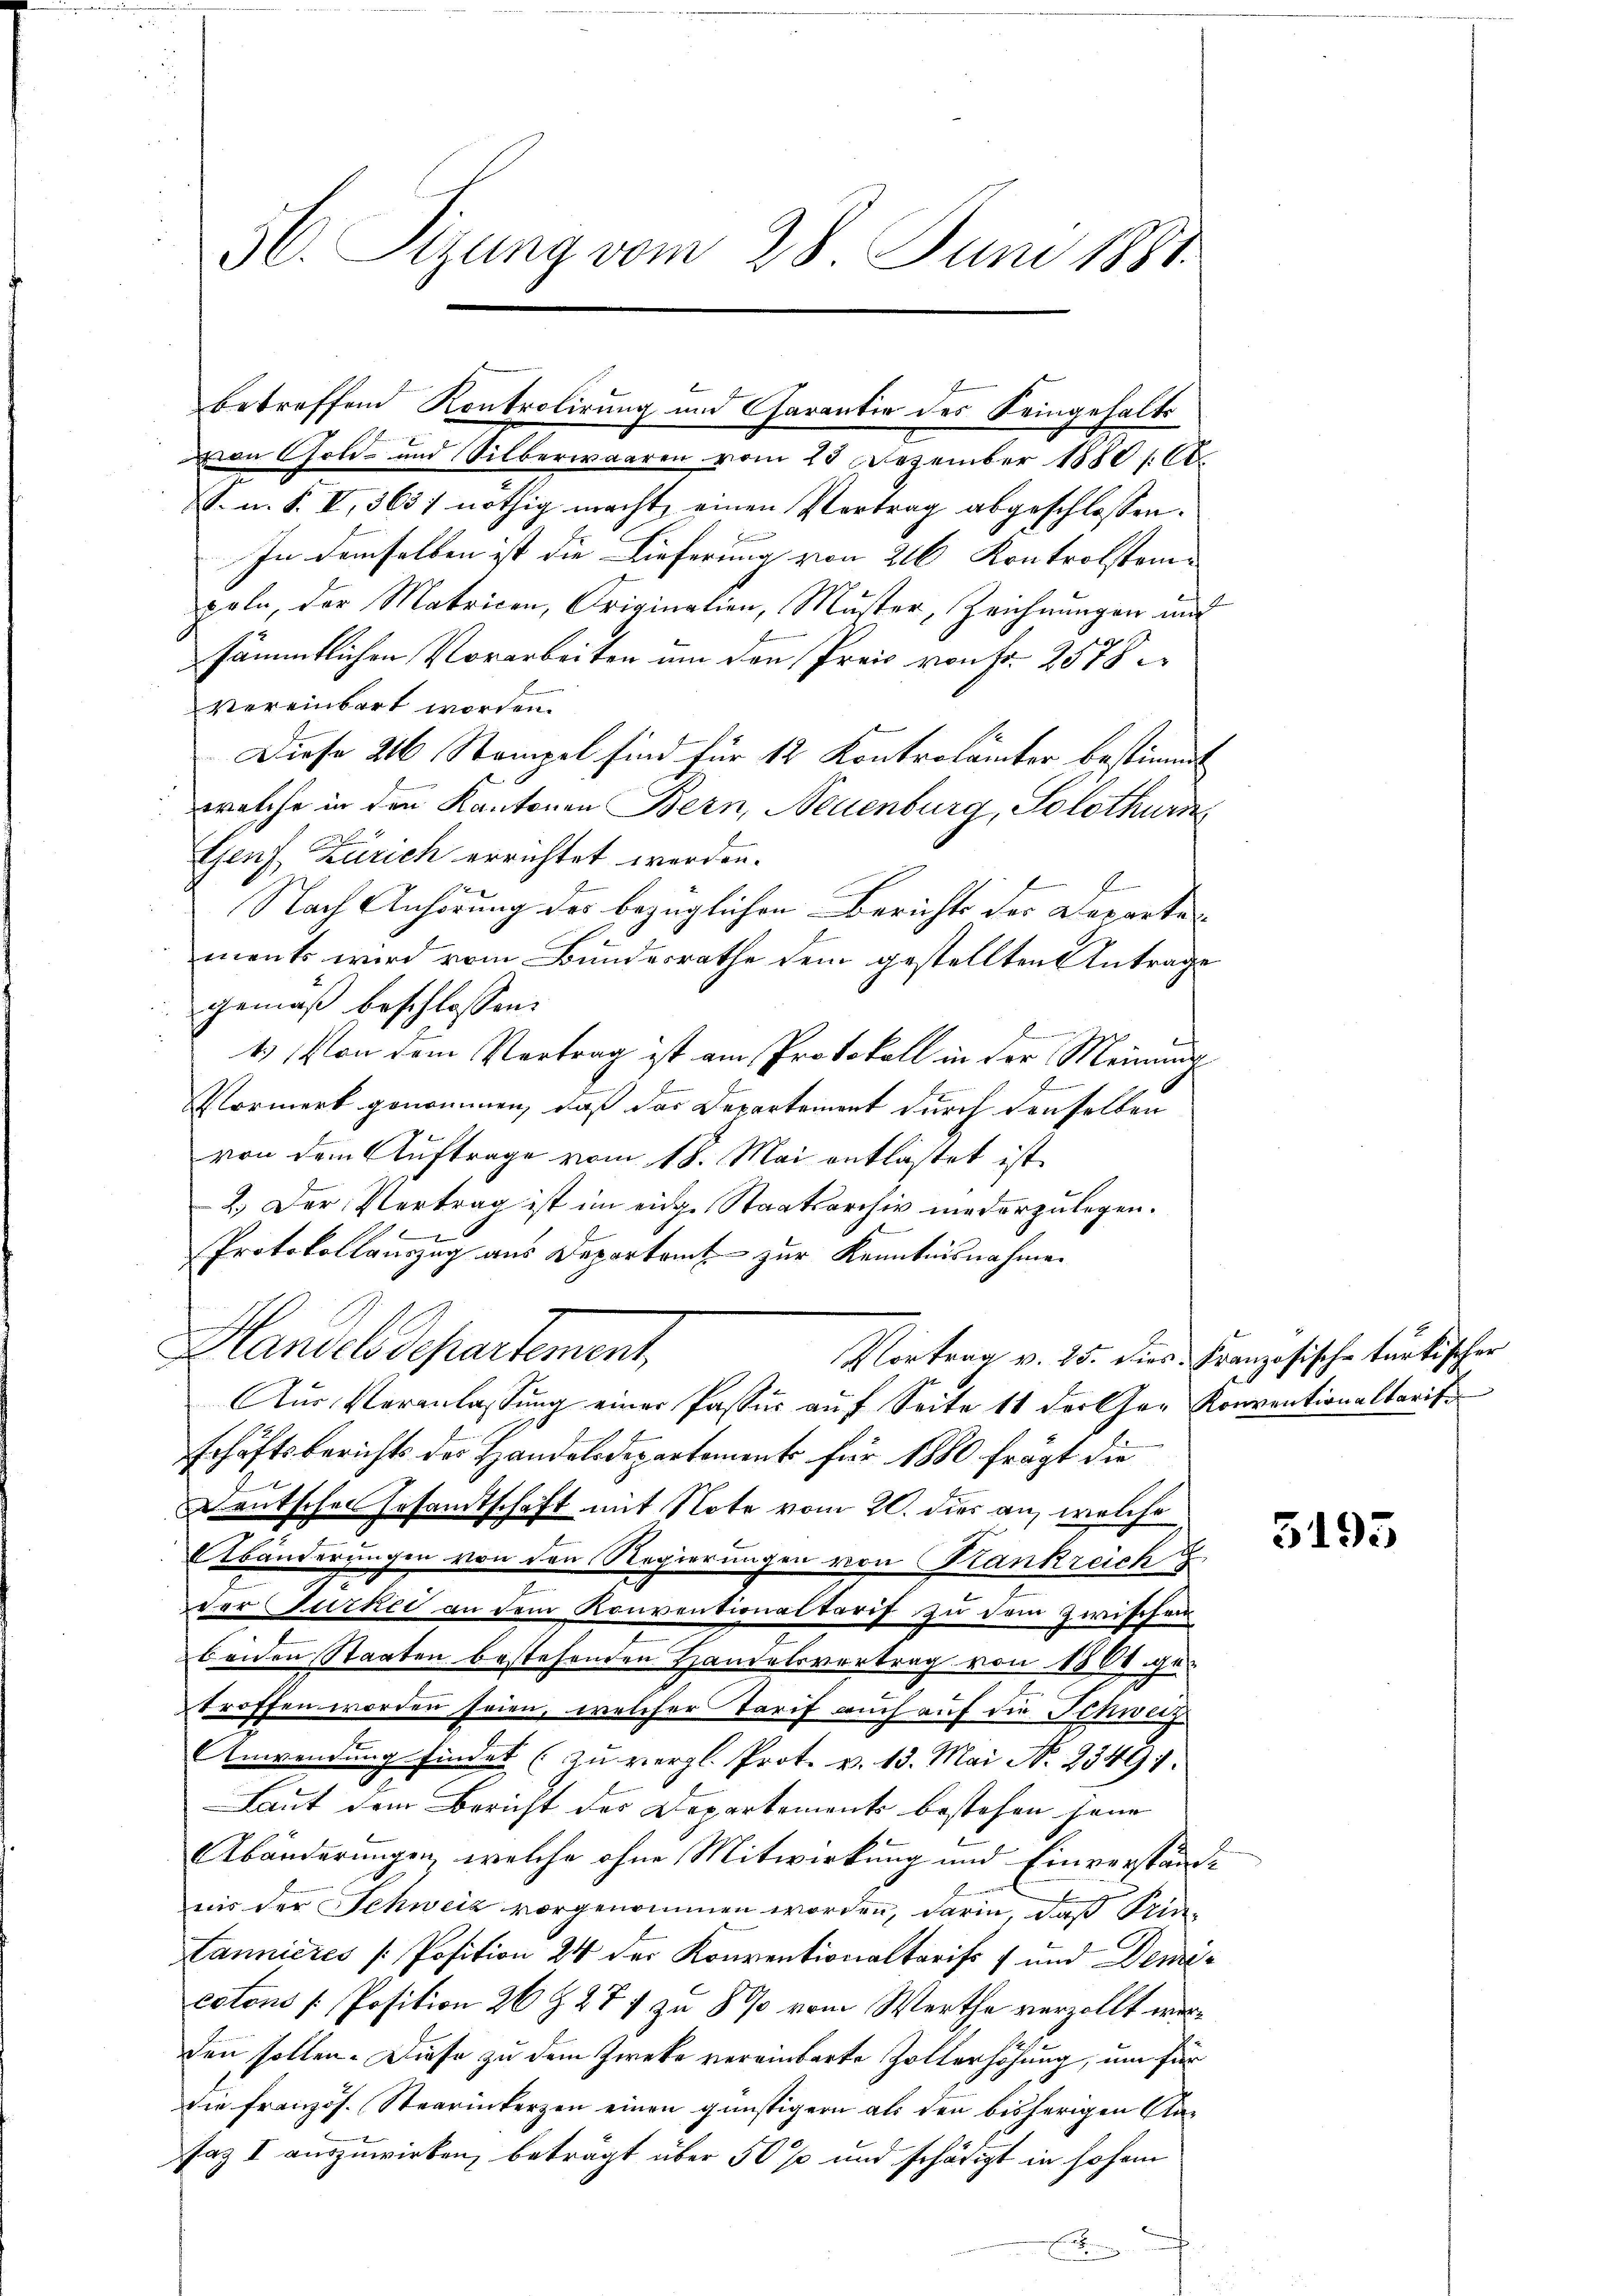
56. Sitzung vom 28. Juni 1881.

betreffend Kontrolirung und Charantie des Seingehalts
von Gold- und Silberwaaren vom 23 Dezember 1880 / Ct.
S. u. S. V, 3637 nöthig macht, einen Vertrag abgeschlossen.
In demselben ist die Lieferung von 216 Kontrolstem |
peln, der Matricen, Originalien, Muster, Zeichnungen und
sämmtlichen Vorarbeiten um den Preis von Fr. 2578
vereinbart worden.
Diese 216 Stempel sind für 12 Kontrolämter bestimmt
welche in den Kantonen Bern, Neuenburg, Solothurn
Genf, Zürich errichtet werden.
f
f 2 x
Nach Anhörung des bezüglichen Berichts des Departements wird vom Bundesrathe dem gestellten Antrage
gemäß beschlossen:
1. Von dem Vertrag ist am Protokoll in der Meinung
.
Vormerk genommen, daß das Departement durch derselben
von dem Auftrage vom 18. Mai entlastet ist.
2.) Der Vertrag ist im eine Staatsarchiv niederzulegen.
e
Protokollauszug aus Departamt zur Kenntnisnahmen
Ich
Grandels departement,
Vortrag v. 25. dies Französische türkischer
Aus Veranlassung einer Passur auf Seite 11 der Cher Konventionaltaris
schäftsberichts der Handelsdepartement für 1880 frägt die
Deutschen Gesamtschaft mit Note vom 20. dies an, welche
Abänderungen von den Regierungen von Rankreich
der Türkei an dem Konventionaltarif zu dem Zwischen
beiden Staaten bestehenden Handelsvertrag von 1808. ge-
troffen worden seien, welcher Tarif auch auf die Schweiz
Anwendung findet (zu vergl. Prot. v. 13. Mai N. 23491.
Laut dem Bericht des Departements bestehen seine
Abänderungen, welche ohne Mitwirkung und Einverstände
nis der Schweiz vorgenommen worden, darin, daß Sin¬
Lannieres [Position 24 der Konventionaltarifs f und Demicoton [Position 26 Z. 277 zu 8 % vom Werthe verzollt werden sollen. Diese zu dem Zwecke vereinbarte Zollerhöhung, um für
die französ. Stearinkerzen einen günstigern als den bisherigen Ansaz I auszuwirken, beträgt über 50 % und schädigt in hohem

5195